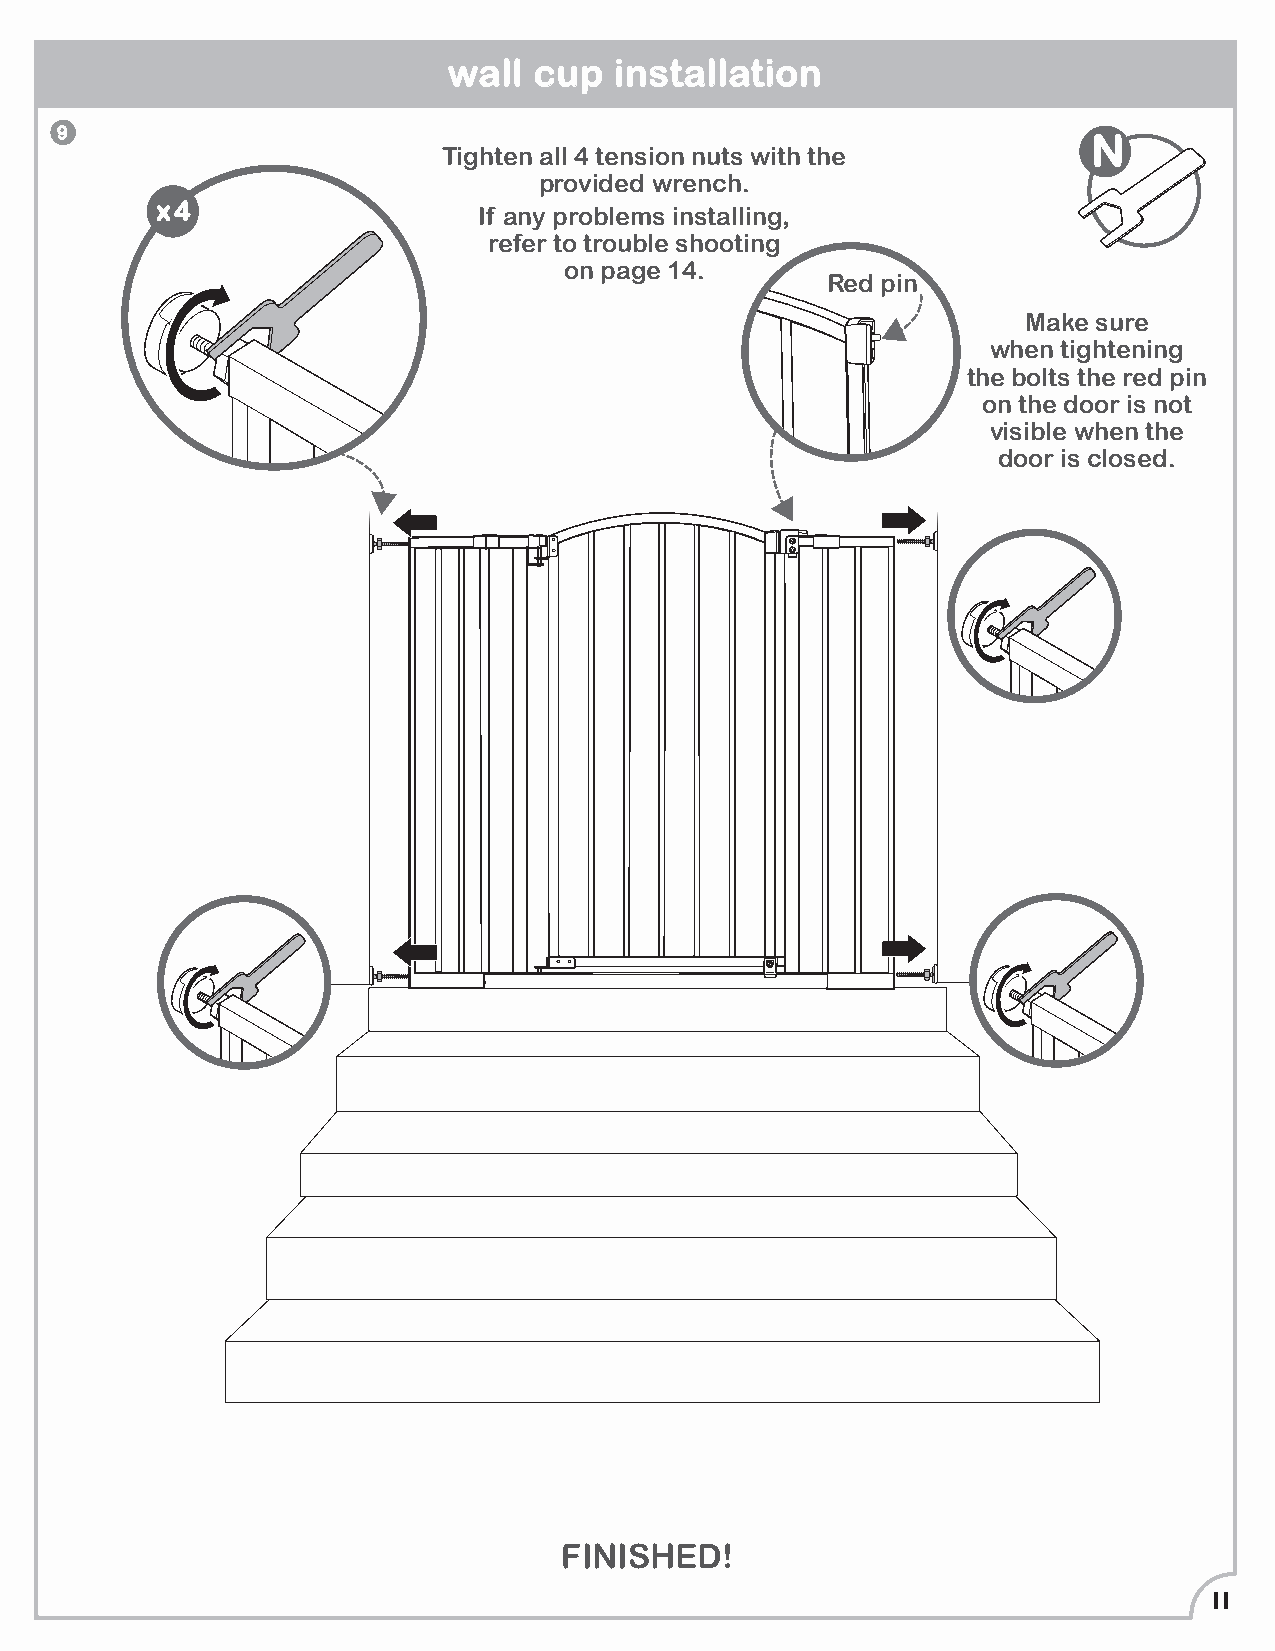
wall cup   installation
 9
 N
 Tighten all 4 tension nuts with the
 provided wrench.
 x4                    If any problems installing,
 refer to trouble shooting
 on page 14.
 Red pin
 Make sure
 when tightening
 the bolts the red pin
 on the door is not
 visible when the
 door is closed.
 FINISHED!
 11